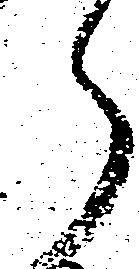
ら